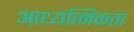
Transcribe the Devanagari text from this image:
आध्यत्मिकता